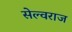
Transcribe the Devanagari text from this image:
सेल्वराज